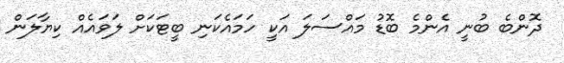
ދޮންބެ ބުނީ އެންމެ ބޮޑު މައްސަލަ އަކީ ހަމައެކަނި ބީޓަކަށް ލަވައެއް ކިޔާލަން